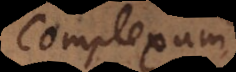
Complexum